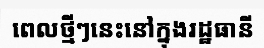
ពេលថ្មីៗនេះនៅក្នុងរដ្ឋធានី